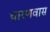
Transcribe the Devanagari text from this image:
चारणवास